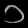
Digit: ၁